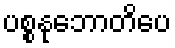
ပစ္စနုဘောတိပေ